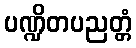
ပဏ္ဍိတပညတ္တံ